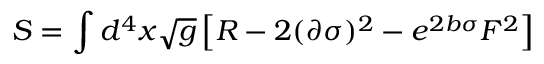
S = \int d ^ { 4 } x \sqrt { g } \left[ R - 2 ( \partial \sigma ) ^ { 2 } - e ^ { 2 b \sigma } F ^ { 2 } \right]